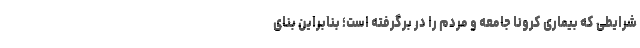
شرایطی که بیماری کرونا جامعه و مردم را در برگرفته است؛ بنابراین بنای